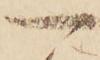
一